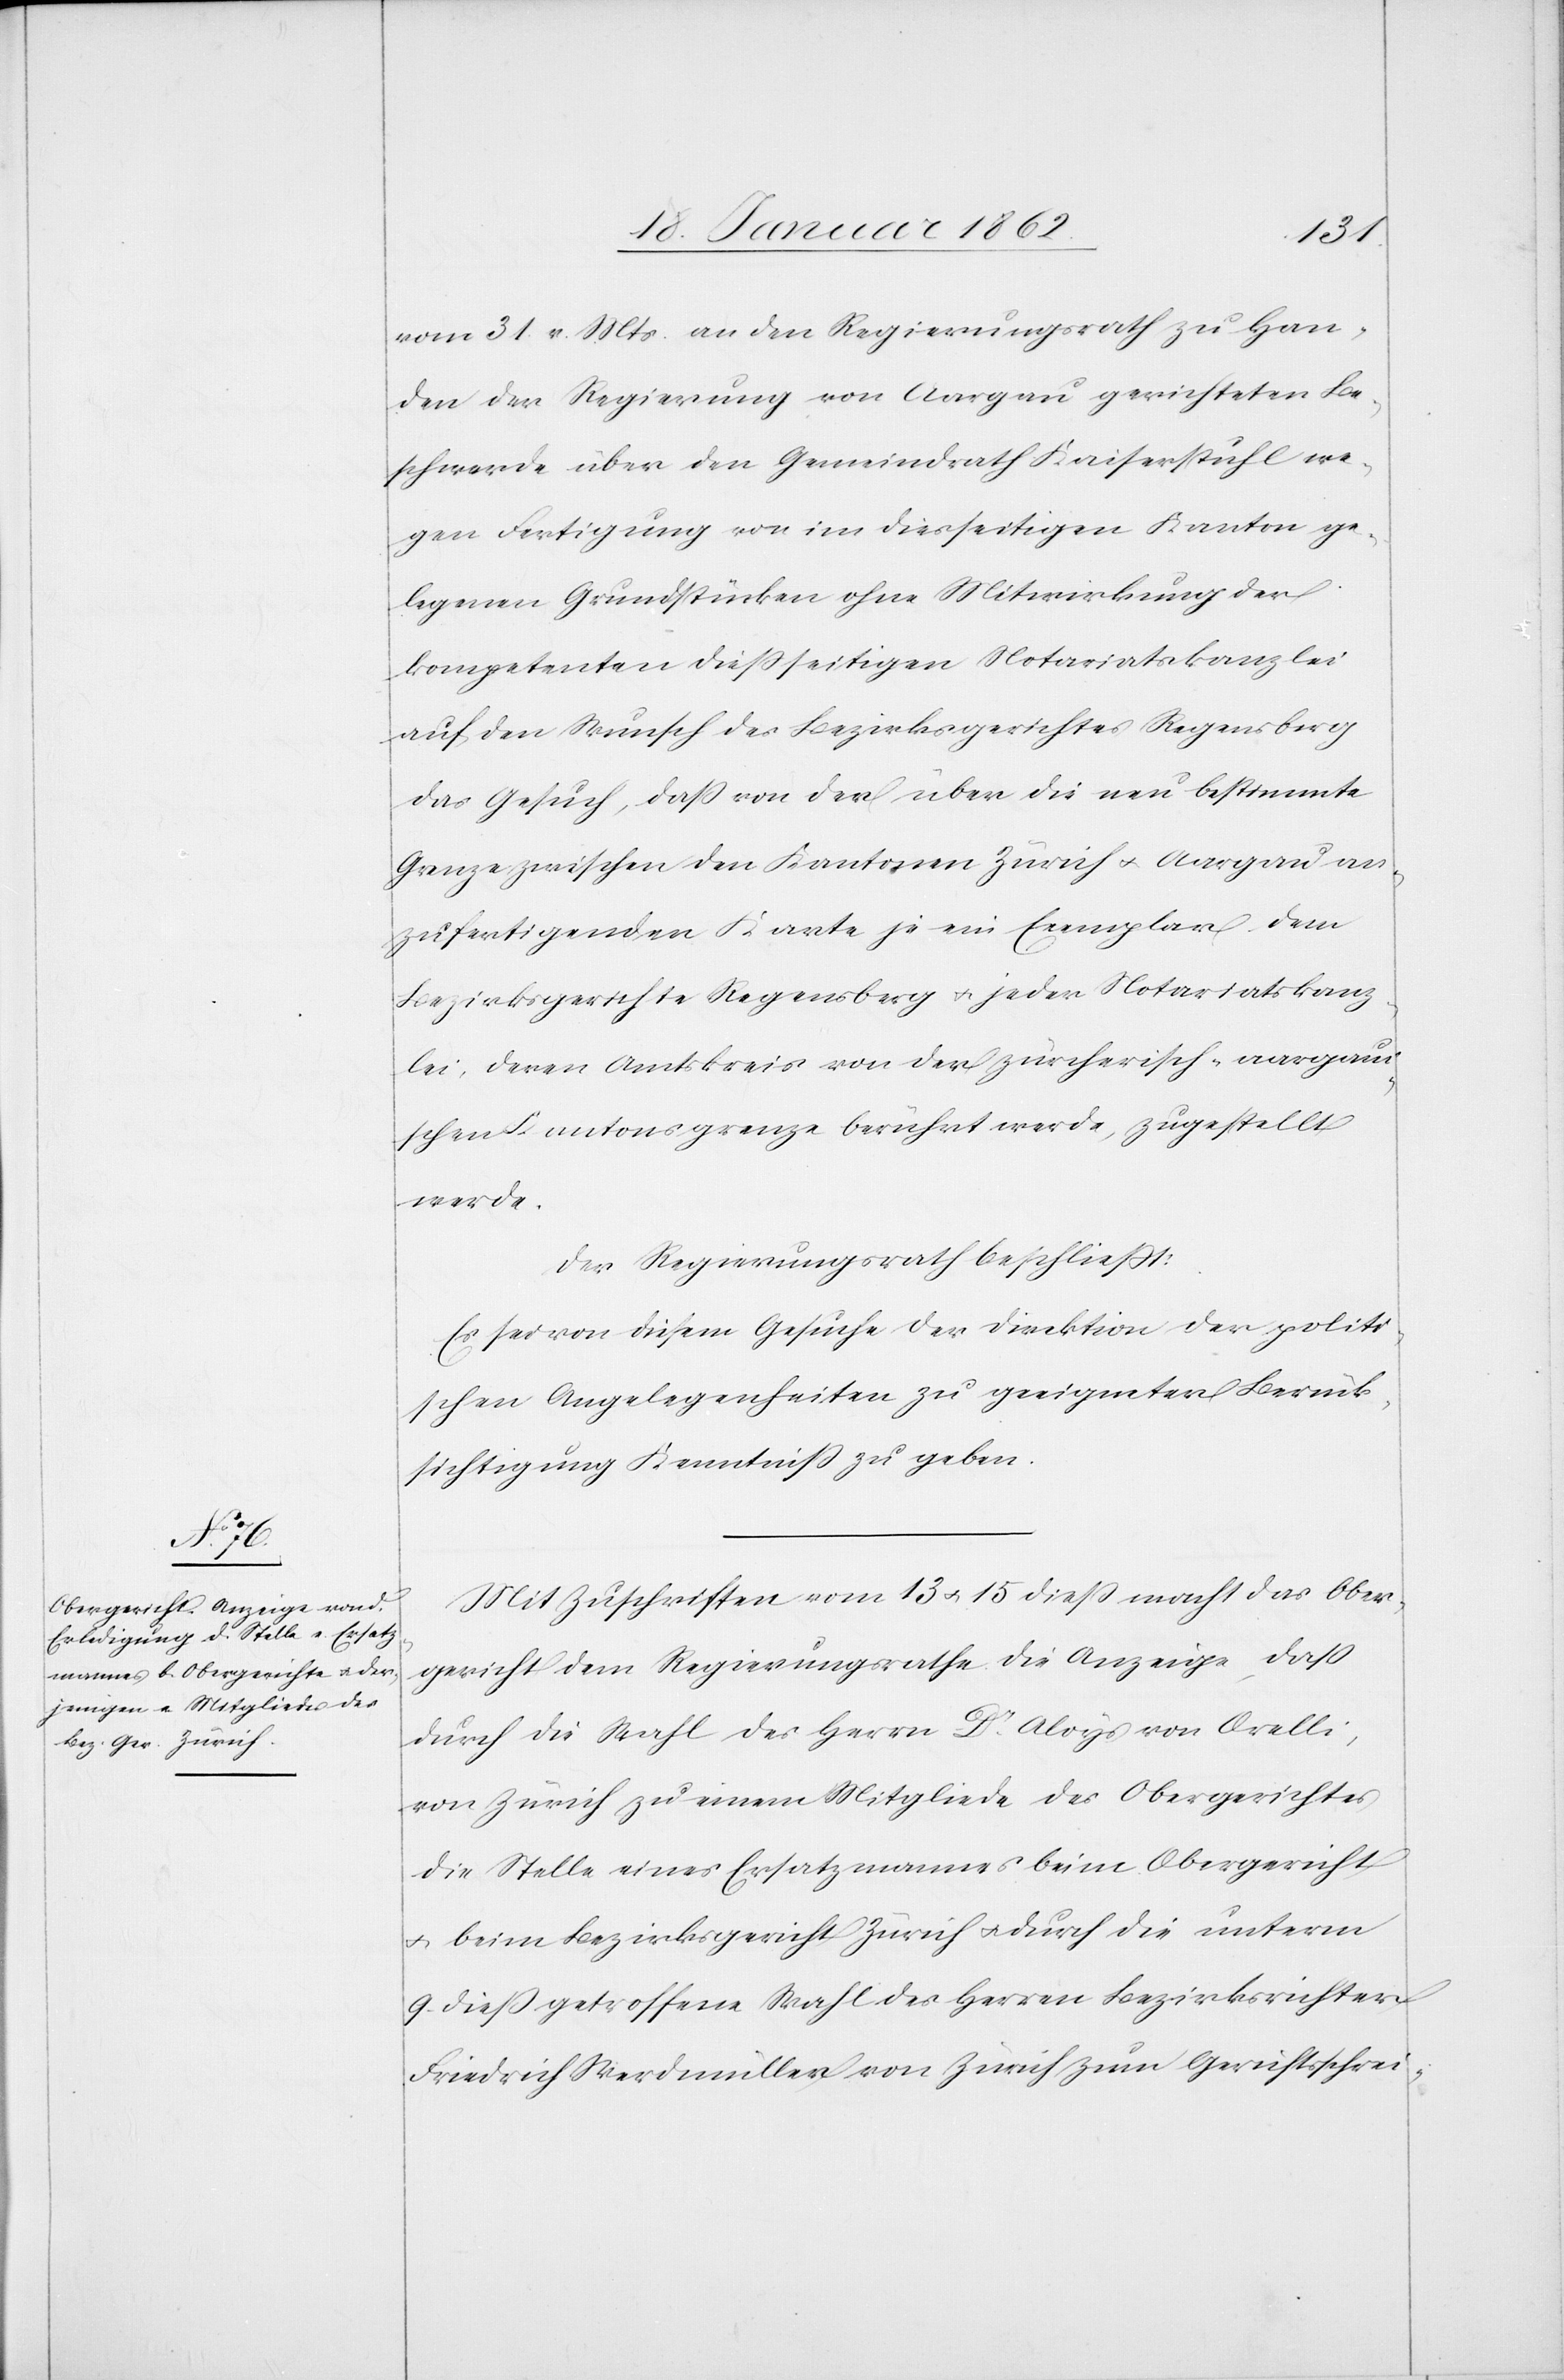
vom 31. v. Mts. an den Regierungsrath zu Han¬
den der Regierung von Aargau gerichteten Be¬
schwerde über den Gemeindrath Kaiserstuhl we¬
gen Fertigung von im diesseitigen Kanton ge¬
legenen Grundstücken ohne Mitwirkung der
kompetenten dießseitigen Notariatskanzlei
auf den Wunsch des Bezirksgerichtes Regensberg
das Gesuch, daß von der über die neu bestimmte
Grenze zwischen den Kantonen Zürich u. Aargau an¬
zufertigenden Karte je ein Exemplar dem
Bezirksgericht in Regensberg u. jeder Notariatskanz¬
lei, deren Amtskreis von der zürcherisch-aargaui¬
schen Kantonsgrenze berührt werde, zugestellt
werde.
Der Regierungsrath beschließt:
Es sei von diesem Gesuche der Direktion der politi¬
schen Angelegenheiten zu geeigneter Berück¬
sichtigung Kenntniß zu geben.
Mit Zuschriften vom 13 u. 15 dieß macht das Ober¬
gericht dem Regierungsrathe die Anzeige, daß
durch die Wahl des Herrn Dr. Aloys von Orelli,
von Zürich zu einem Mitgliede des Obergerichtes
die Stelle eines Ersatzmannes beim Obergericht
u. beim Bezirksgericht Zürich u. durch die unterm
9. dieß getroffene Wahl des Herrn Bezirksrichters
Friedrich Werdmüller von Zürich zum Gerichtsschrei-